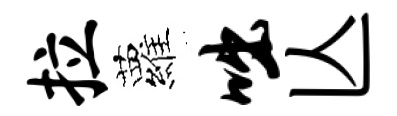
拉蘿咄亾